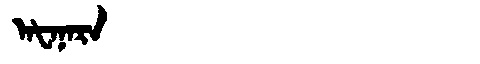
Manchu: ᠠᡶᠠᠨᠠᡵᠠ
Romanization: AFANARA